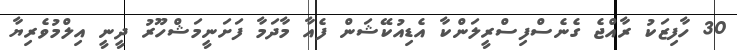
30 ހާފިޒަކު ރާއްޖެ ގެނެސްފިސްރީލަންކާ އެޑިއުކޭޝަން ފެއާ މާދަމާ ފަށަަނީމަޝްހޫރު ދީނީ އިލްމުވެރިޔާ